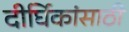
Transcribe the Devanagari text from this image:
दीर्घिकांसाठी